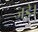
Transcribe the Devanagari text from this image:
जड़े।